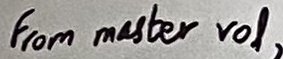
Text: From master vol,